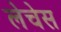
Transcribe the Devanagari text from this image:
लेचेस